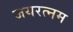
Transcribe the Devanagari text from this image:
जयरत्नम